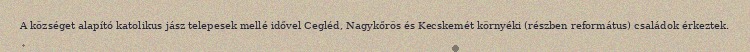
A községet alapító katolikus jász telepesek mellé idővel Cegléd, Nagykőrös és Kecskemét környéki (részben református) családok érkeztek.